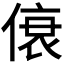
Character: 𫣐